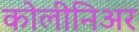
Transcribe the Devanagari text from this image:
कोलीनिअर